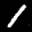
Label: 1